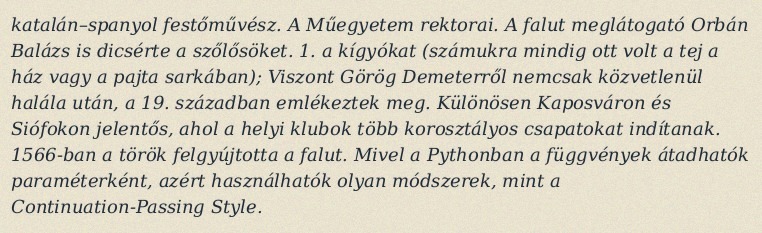
katalán–spanyol festőművész. A Műegyetem rektorai. A falut meglátogató Orbán Balázs is dicsérte a szőlősöket. 1. a kígyókat (számukra mindig ott volt a tej a ház vagy a pajta sarkában); Viszont Görög Demeterről nemcsak közvetlenül halála után, a 19. században emlékeztek meg. Különösen Kaposváron és Siófokon jelentős, ahol a helyi klubok több korosztályos csapatokat indítanak. 1566-ban a török felgyújtotta a falut. Mivel a Pythonban a függvények átadhatók paraméterként, azért használhatók olyan módszerek, mint a Continuation-Passing Style.